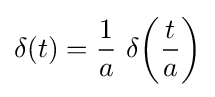
\delta (t)={\frac {1}{a}}\ \delta \!\left({\frac {t}{a}}\right)